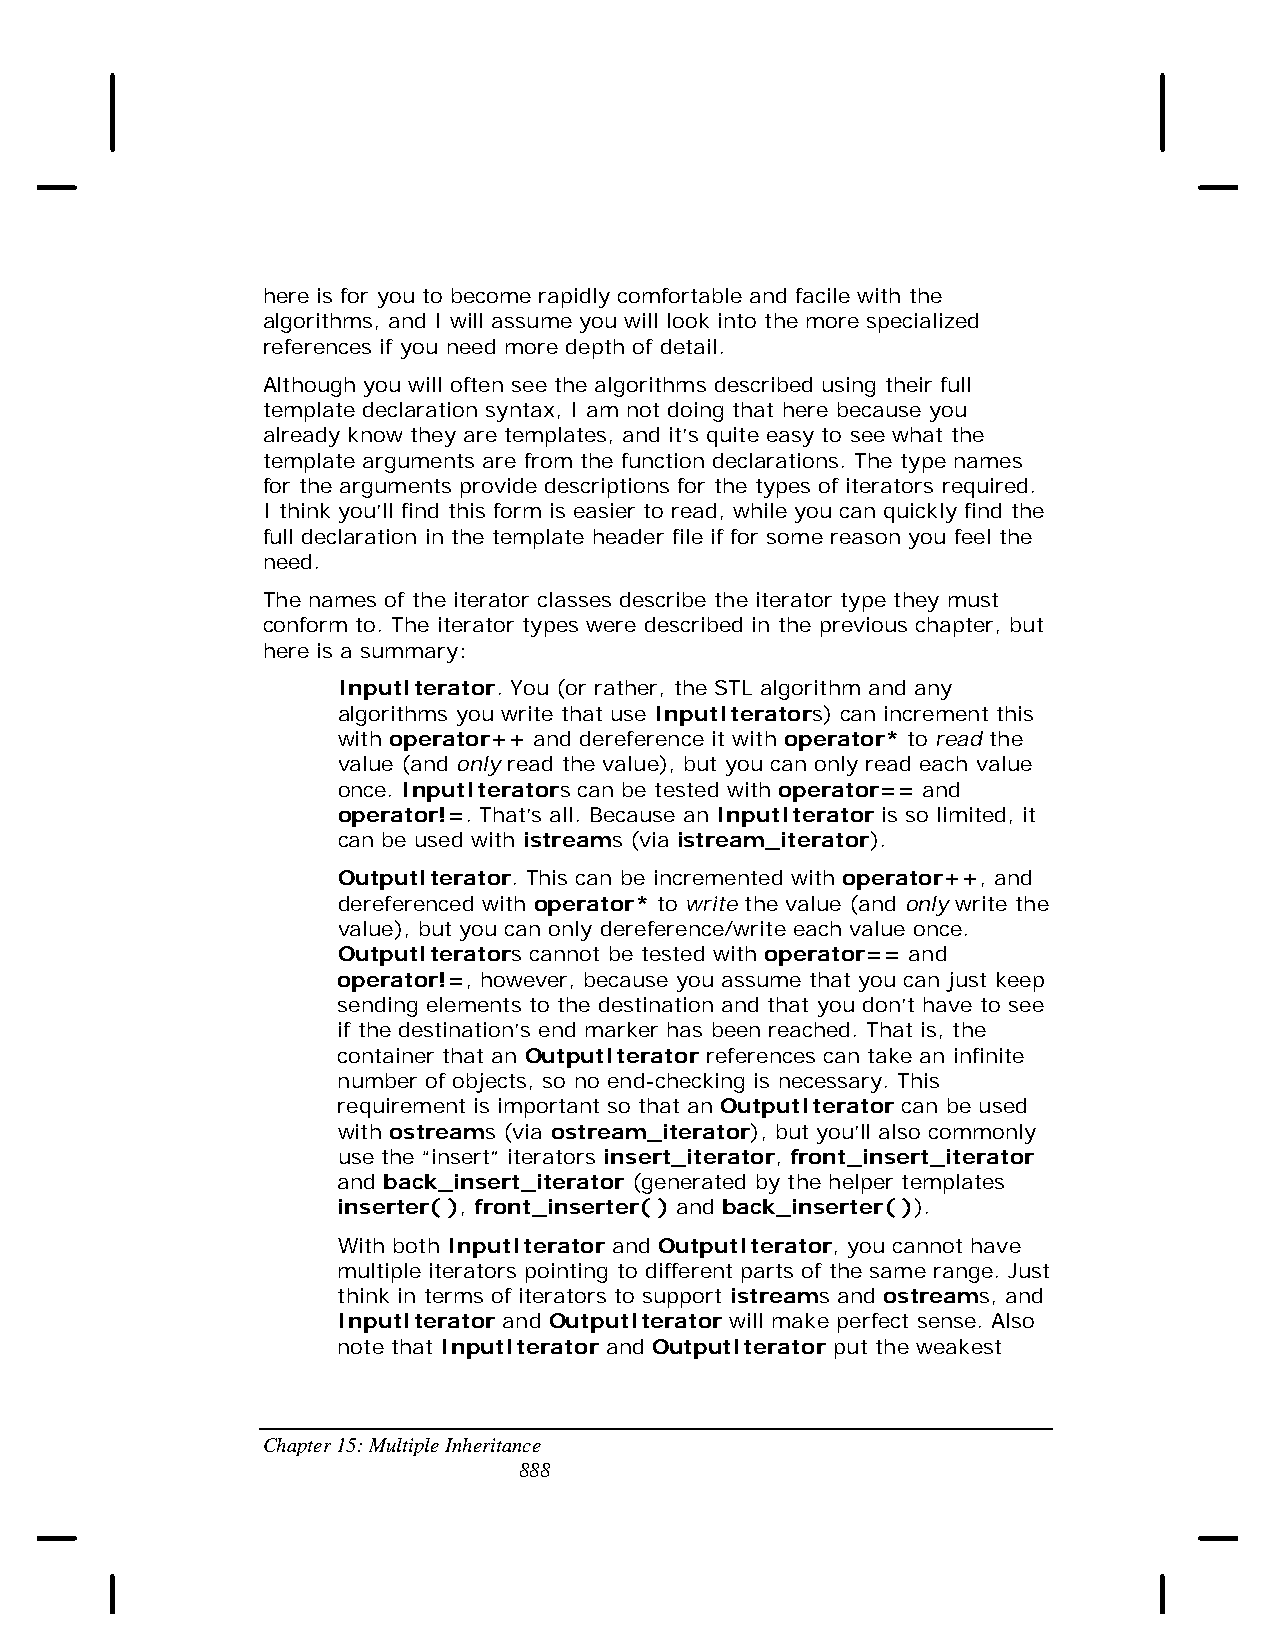
here is for you to become rapidly comfortable and facile with the
 algorithms, and I will assume you will look into the more specialized
 references if you need more depth of detail.
 Although you will often see the algorithms described using their full
 template declaration syntax, I am not doing that here because you
 already know they are templates, and it’s quite easy to see what the
 template arguments are from the function declarations. The type names
 for the arguments provide descriptions for the types of iterators required.
 I think you’ll find this form is easier to read, while you can quickly find the
 full declaration in the template header file if for some reason you feel the
 need.
 The names of the iterator classes describe the iterator type they must
 conform to. The iterator types were described in the previous chapter, but
 here is a summary:
 InputIterator. You (or rather, the STL algorithm and any
 algorithms you write that use InputIterators) can increment this
 with operator++ and dereference it with operator* to read the
 value (and only read the value), but you can only read each value
 once. InputIterators can be tested with operator== and
 operator!=. That’s all. Because an InputIterator is so limited, it
 can be used with istreams (via istream_iterator).
 OutputIterator. This can be incremented with operator++, and
 dereferenced with operator* to write the value (and only write the
 value), but you can only dereference/write each value once.
 OutputIterators cannot be tested with operator== and
 operator!=, however, because you assume that you can just keep
 sending elements to the destination and that you don’t have to see
 if the destination’s end marker has been reached. That is, the
 container that an OutputIterator references can take an infinite
 number of objects, so no end-checking is necessary. This
 requirement is important so that an OutputIterator can be used
 with ostreams (via ostream_iterator), but you’ll also commonly
 use the “insert” iterators insert_iterator, front_insert_iterator
 and back_insert_iterator (generated by the helper templates
 inserter( ), front_inserter( ) and back_inserter( )).
 With both InputIterator and OutputIterator, you cannot have
 multiple iterators pointing to different parts of the same range. Just
 think in terms of iterators to support istreams and ostreams, and
 InputIterator and OutputIterator will make perfect sense. Also
 note that InputIterator and OutputIterator put the weakest
 Chapter 15: Multiple Inheritance
 888